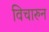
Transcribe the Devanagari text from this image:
विचारुन